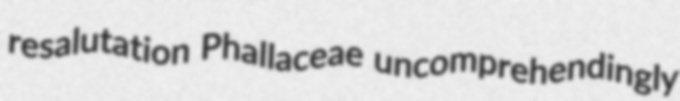
resalutation Phallaceae uncomprehendingly